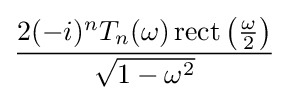
{\frac {2(-i)^{n}T_{n}(\omega )\operatorname {rect} \left({\frac {\omega }{2}}\right)}{\sqrt {1-\omega ^{2}}}}